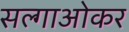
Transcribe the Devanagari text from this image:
सल्गाओकर